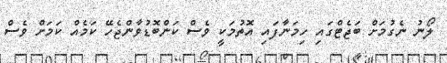
ލޯނު ނެގުމަށް ބަޖެޓްގައި ހިމަނާފައި އޮތުމަކީ ވެސް ކަންބޮޑުވާންޖެހޭ ކަމެއް ކަމަށް ވެސް